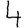
Digit: 4